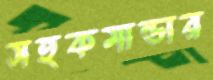
সহকমান্ডার